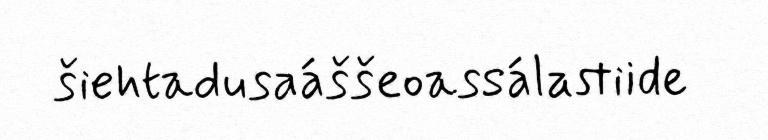
šiehtadusaáššeoassálastiide